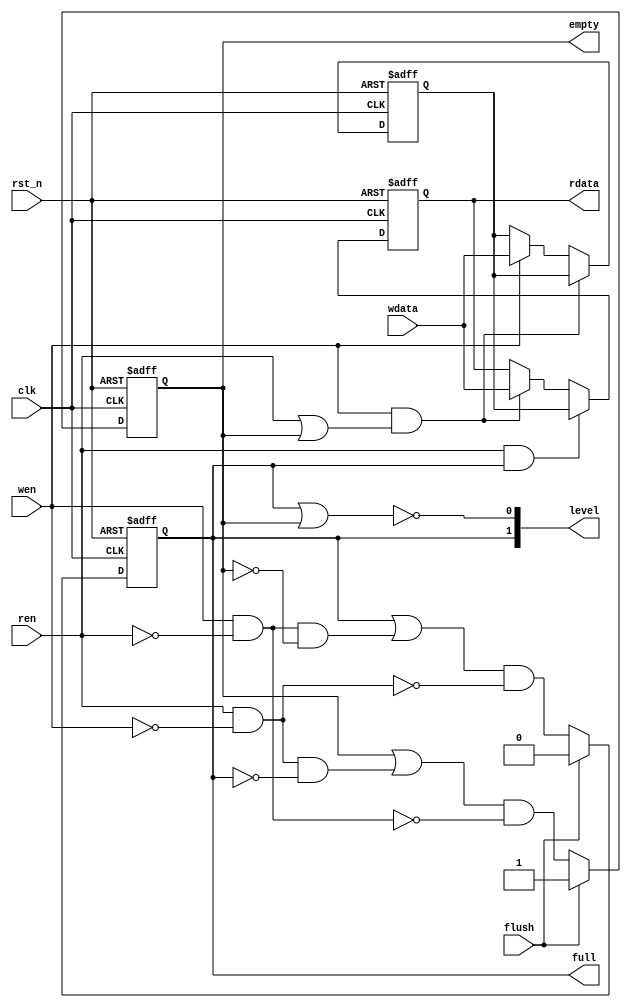
/**********************************************************************
 * DO WHAT THE FUCK YOU WANT TO AND DON'T BLAME US PUBLIC LICENSE     *
 *                    Version 3, April 2008                           *
 *                                                                    *
 * Copyright (C) 2020 Luke Wren                                       *
 *                                                                    *
 * Everyone is permitted to copy and distribute verbatim or modified  *
 * copies of this license document and accompanying software, and     *
 * changing either is allowed.                                        *
 *                                                                    *
 *   TERMS AND CONDITIONS FOR COPYING, DISTRIBUTION AND MODIFICATION  *
 *                                                                    *
 * 0. You just DO WHAT THE FUCK YOU WANT TO.                          *
 * 1. We're NOT RESPONSIBLE WHEN IT DOESN'T FUCKING WORK.             *
 *                                                                    *
 *********************************************************************/

// A pipestage register with buffered handshake
// Similar to a DEPTH=2 FIFO, but no mux on the output side.

module skid_buffer #(
	parameter WIDTH = 8
) (
	input  wire             clk,
	input  wire             rst_n,

	input  wire [WIDTH-1:0] wdata,
	input  wire             wen,
	output reg  [WIDTH-1:0] rdata,
	input  wire             ren,

	input  wire             flush,

	output reg              full,
	output reg              empty,
	output wire [1:0]       level
);

// Flags

always @ (posedge clk or negedge rst_n) begin
	if (!rst_n) begin
		empty <= 1'b1;
		full <= 1'b0;
	end else if (flush) begin
		empty <= 1'b1;
		full <= 1'b0;
	end else begin
		full  <= (full  || wen && !ren && !empty) && !(ren && !wen);
		empty <= (empty || ren && !wen && !full ) && !(wen && !ren);
`ifdef FORMAL
		assert(!(full && empty));
		assert(!(wen && full));
		assert(!(ren && empty));
`endif
	end
end

assign level = {full, !(full || empty)};

// Datapath

reg [WIDTH-1:0] skidbuf;

always @ (posedge clk or negedge rst_n) begin
	if (!rst_n) begin
		rdata <= {WIDTH{1'b0}};
		skidbuf <= {WIDTH{1'b0}};
	end else begin
		if (wen && (ren || empty))
			rdata <= wdata;
		else if (wen)
			skidbuf <= wdata;

		if (ren && full)
			rdata <= skidbuf;
	end
end

endmodule